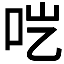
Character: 𱒉